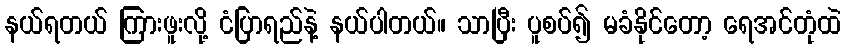
နယ်ရတယ် ကြားဖူးလို့ ငံပြာရည်နဲ့ နယ်ပါတယ်။ သာပြီး ပူစပ်၍ မခံနိုင်တော့ ရေအင်တုံထဲ